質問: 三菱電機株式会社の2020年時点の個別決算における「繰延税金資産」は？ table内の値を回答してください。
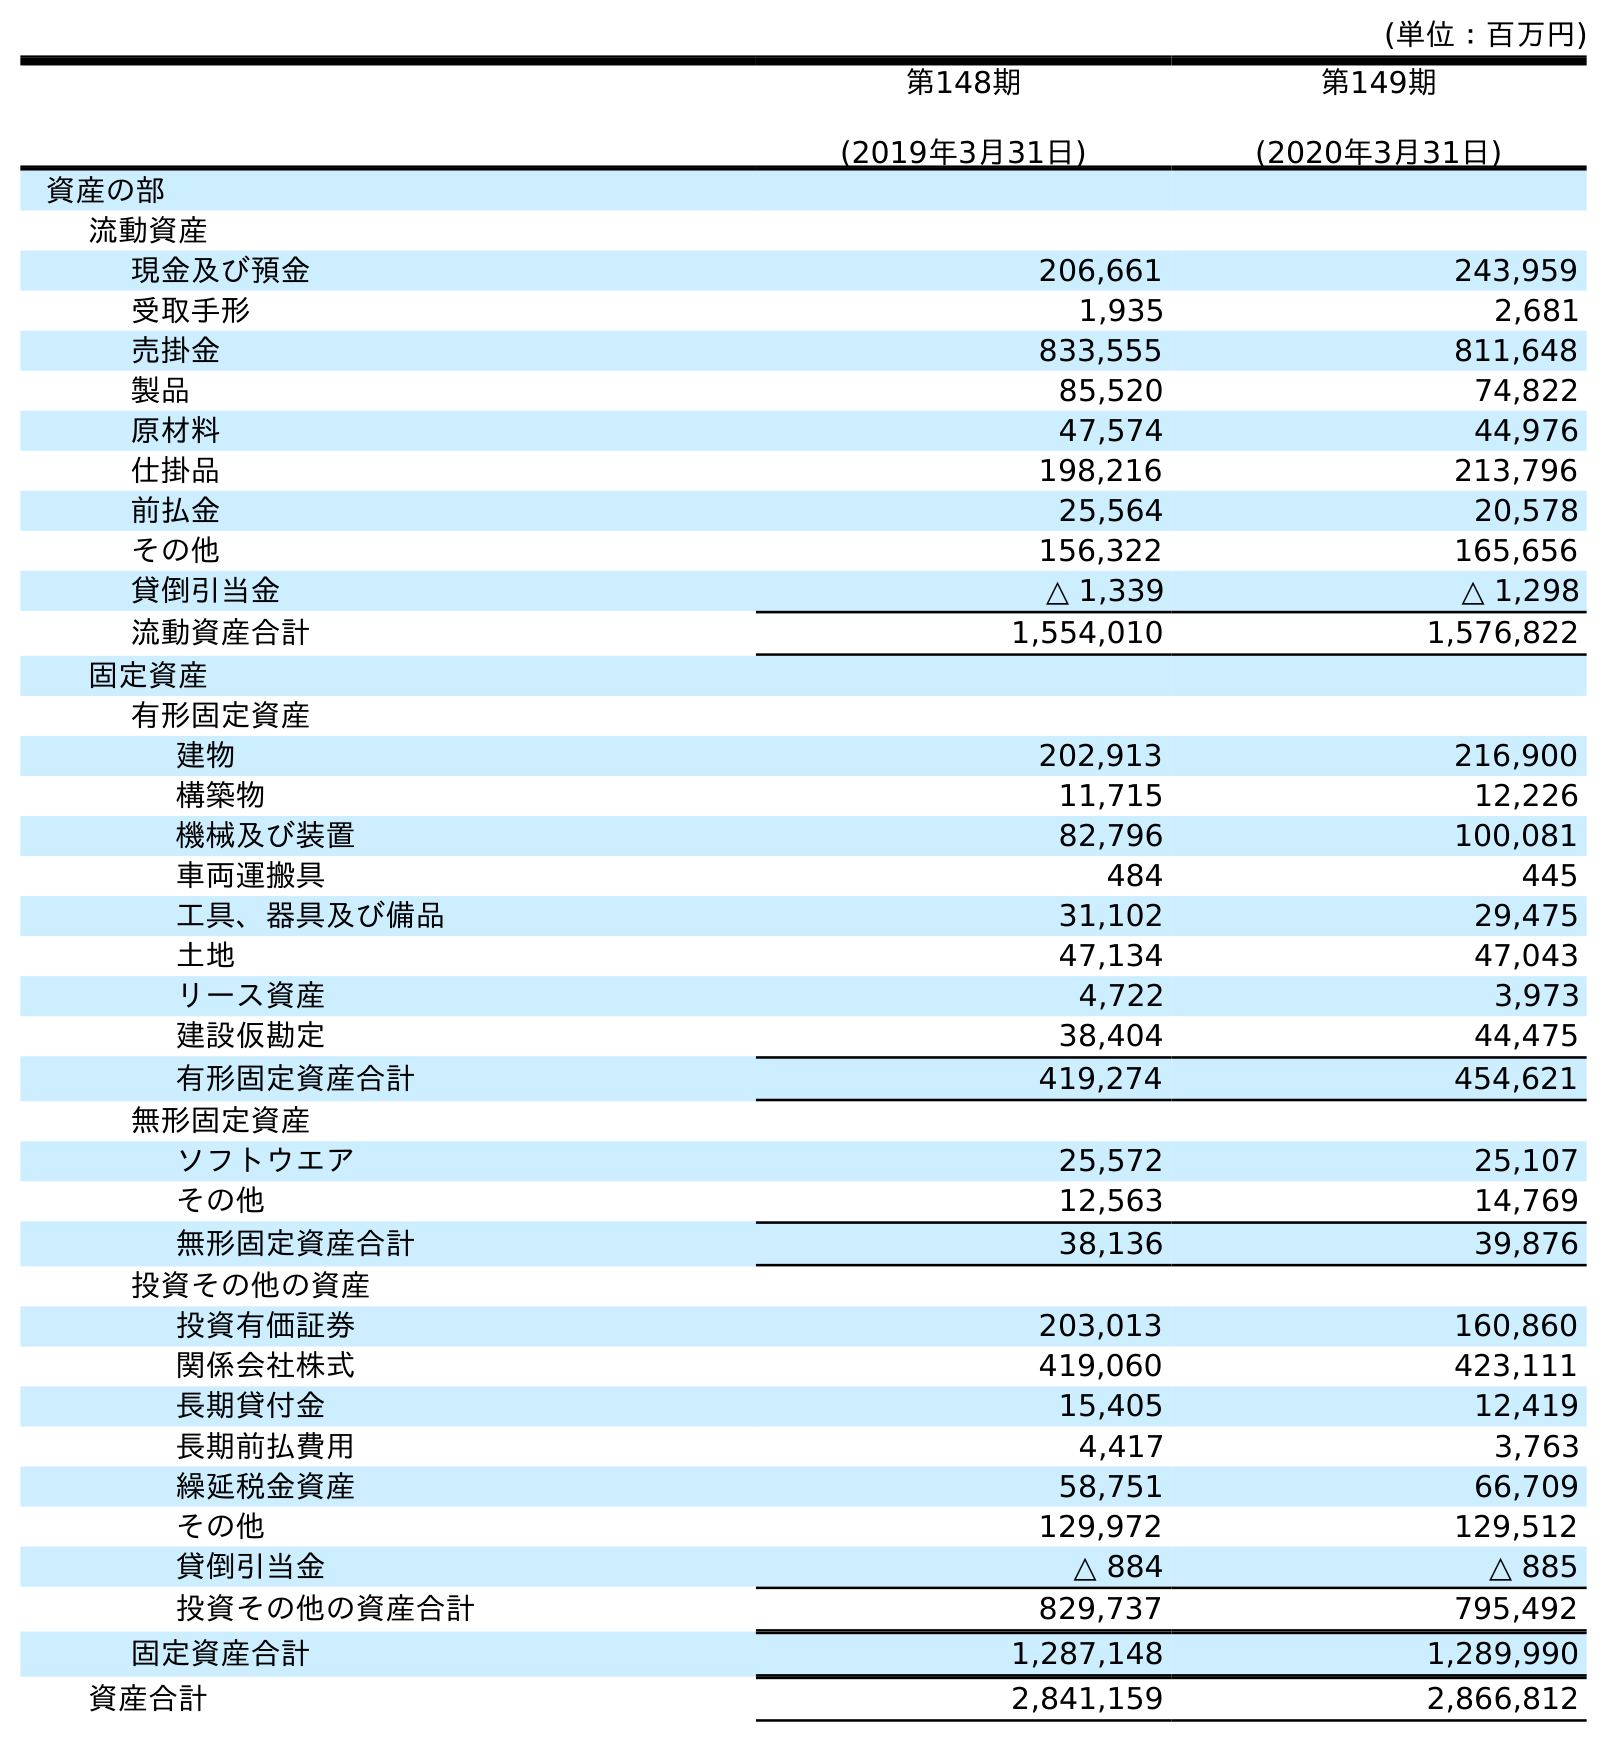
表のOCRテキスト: (単位：百万円) 第148期 (2019年3月31日) 第149期 (2020年3月31日) 資産の部 流動資産 現金及び預金 206,661 243,959 受取手形 1,935 2,681 売掛金 833,555 811,648 製品 85,520 74,822 原材料 47,574 44,976 仕掛品 198,216 213,796 前払金 25,564 20,578 その他 156,322 165,656 貸倒引当金 △ 1,339 △ 1,298 流動資産合計 1,554,010 1,576,822 固定資産 有形固定資産 建物 202,913 216,900 構築物 11,715 12,226 機械及び装置 82,796 100,081 車両運搬具 484 445 工具、器具及び備品 31,102 29,475 土地 47,134 47,043 リース資産 4,722 3,973 建設仮勘定 38,404 44,475 有形固定資産合計 419,274 454,621 無形固定資産 ソフトウエア 25,572 25,107 その他 12,563 14,769 無形固定資産合計 38,136 39,876 投資その他の資産 投資有価証券 203,013 160,860 関係会社株式 419,060 423,111 長期貸付金 15,405 12,419 長期前払費用 4,417 3,763 繰延税金資産 58,751 66,709 その他 129,972 129,512 貸倒引当金 △ 884 △ 885 投資その他の資産合計 829,737 795,492 固定資産合計 1,287,148 1,289,990 資産合計 2,841,159 2,866,812
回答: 66,709